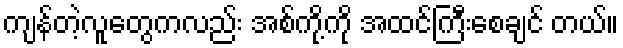
ကျန်တဲ့လူတွေကလည်း အစ်ကို့ကို အထင်ကြီးစေချင် တယ်။